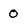
Character: 0